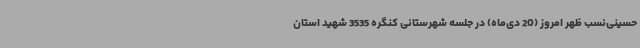
حسینی‌نسب ظهر امروز (20 دی‌ماه) در جلسه شهرستانی کنگره 3535 شهید استان